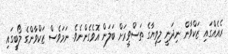
ރެއެއްގައި ޒަކްވާން ނިދަނީ ލިވިޔާގެ ތަސްވީރަށް ބަލަން އޮވެގެންނެވެ. ނަމަވެސް ޒަކްވާންގެ ލޯބީގައި